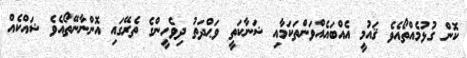
ކޮން ގުޅުމެއްތޯއެވެ ޤައުމީ އެއްބައެއްވަންތަކަމާއި ޝަނާކަތީ ވަޙްދަތު ދިވެހީންގެ ތެރޭގައި އޮންނާނޭތޯއެވެ ޝައްކެއް